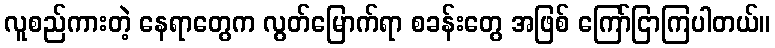
လူစည်ကားတဲ့ နေရာတွေက လွတ်မြောက်ရာ စခန်းတွေ အဖြစ် ကြော်ငြာကြပါတယ်။